Lunatic asylums Burma 1922-24 - 1922-1924
Year: 1922
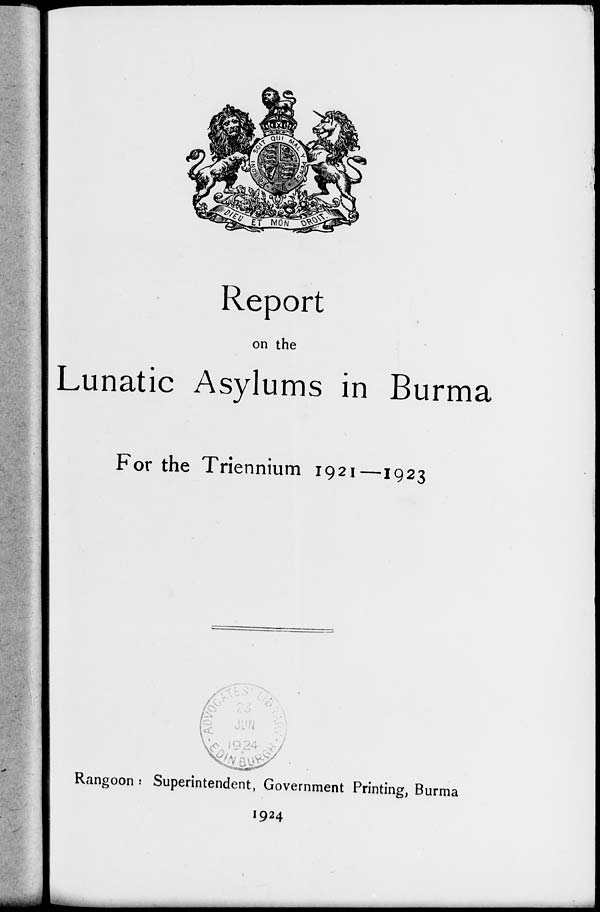
Report
on the
Lunatic Asylums in Burma
For the Triennium 1921—1923
Rangoon : Superintendent, Government Printing, Burma
1924